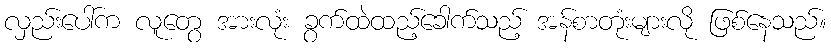
လှည်းပေါ်က လူတွေ အားလုံး ခွက်ထဲထည့်ခေါက်သည့် အန်စာတုံးများလို ဖြစ်နေသည်။